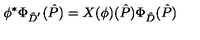
\phi ^ { * } \Phi _ { \hat { D } ^ { ' } } ( \hat { P } ) = X ( \phi ) ( \hat { P } ) \Phi _ { \hat { D } } ( \hat { P } )